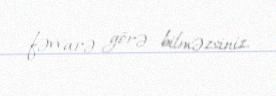
fəvvarə görə bilməzsiniz.